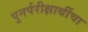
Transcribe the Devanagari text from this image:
पुनर्परीक्षार्थीचा